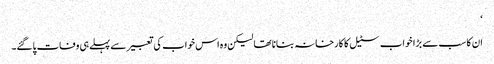
‘
ان کا سب سے بڑا خواب سٹیل کا کارخانہ بنانا تھا لیکن وہ اس خواب کی تعبیر سے پہلے ہی وفات پاگئے۔